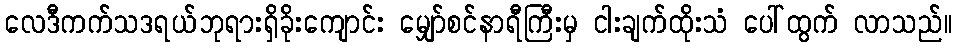
လေဒီကက်သဒရယ်ဘုရားရှိခိုးကျောင်း မျှော်စင်နာရီကြီးမှ ငါးချက်ထိုးသံ ပေါ်ထွက် လာသည်။